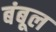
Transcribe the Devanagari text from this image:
बंबूल